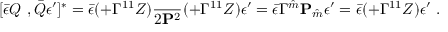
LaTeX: [ \bar { \epsilon } Q \ , \bar { Q } \epsilon ^ { \prime } ] ^ { * } = \bar { \epsilon } ( \sl + \Gamma ^ { 1 1 } Z ) { \frac { \sl } { 2 { \bf P } ^ { 2 } } } ( \sl + \Gamma ^ { 1 1 } Z ) \epsilon ^ { \prime } = \bar { \epsilon } \Gamma ^ { \hat { m } } { \bf P } _ { \hat { m } } \epsilon ^ { \prime } = \bar { \epsilon } ( \sl + \Gamma ^ { 1 1 } Z ) \epsilon ^ { \prime } \ .